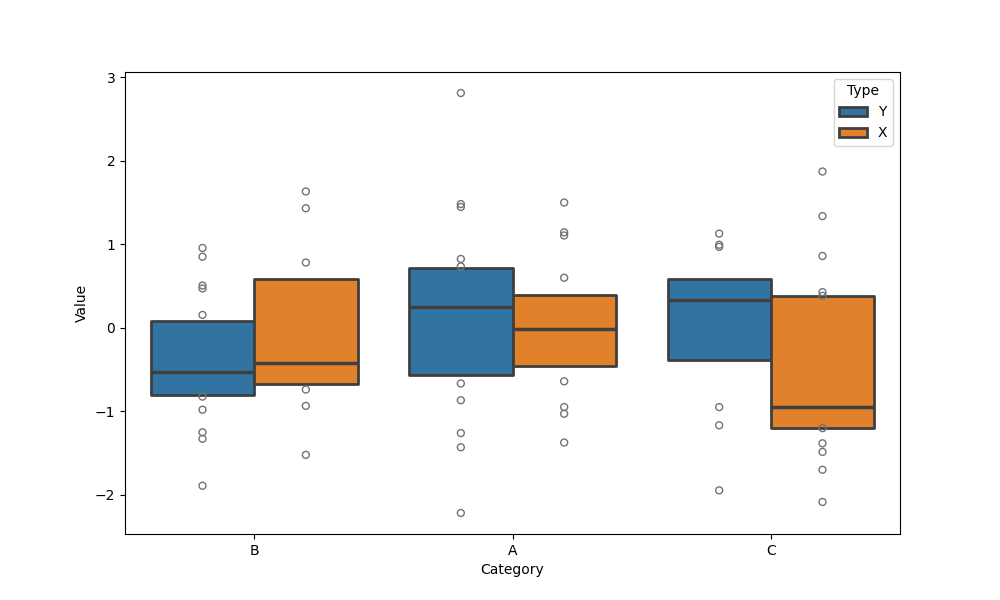
python, seaborn, boxenplot, k_depth='tukey', linewidth=2, scale='exponential', outlier_prop=0.2, showfliers=True